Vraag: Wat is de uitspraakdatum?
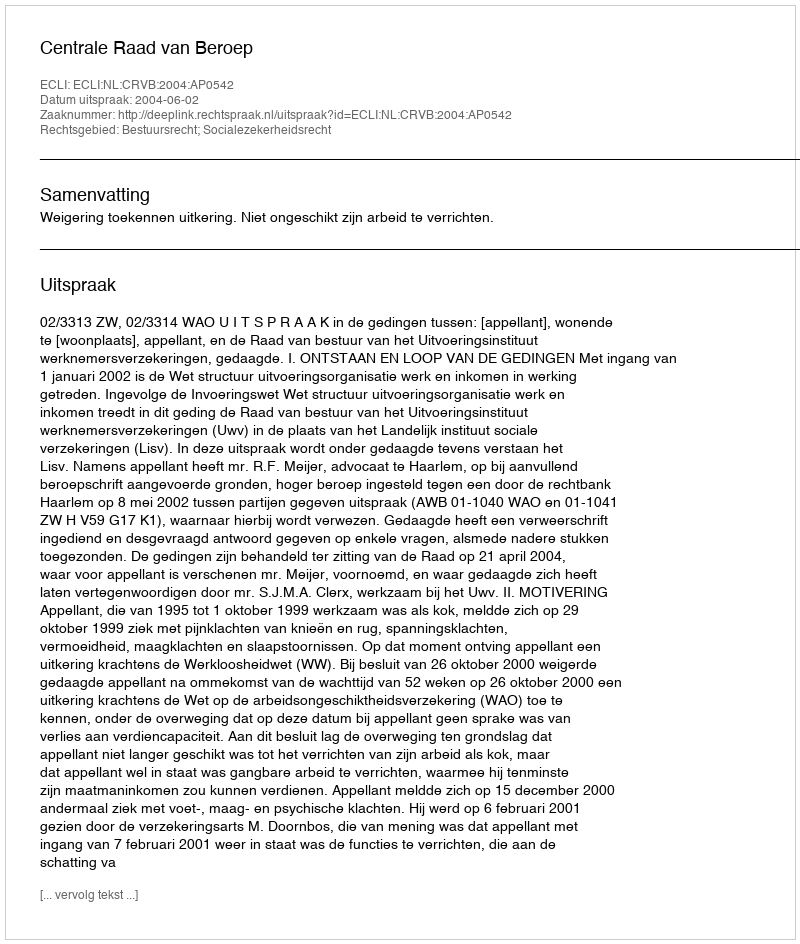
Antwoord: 2004-06-02